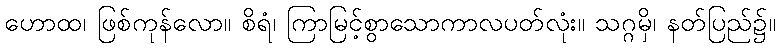
ဟောထ၊ ဖြစ်ကုန်လော။ စိရံ၊ ကြာမြင့်စွာသောကာလပတ်လုံး။ သဂ္ဂမှိ၊ နတ်ပြည်၌။